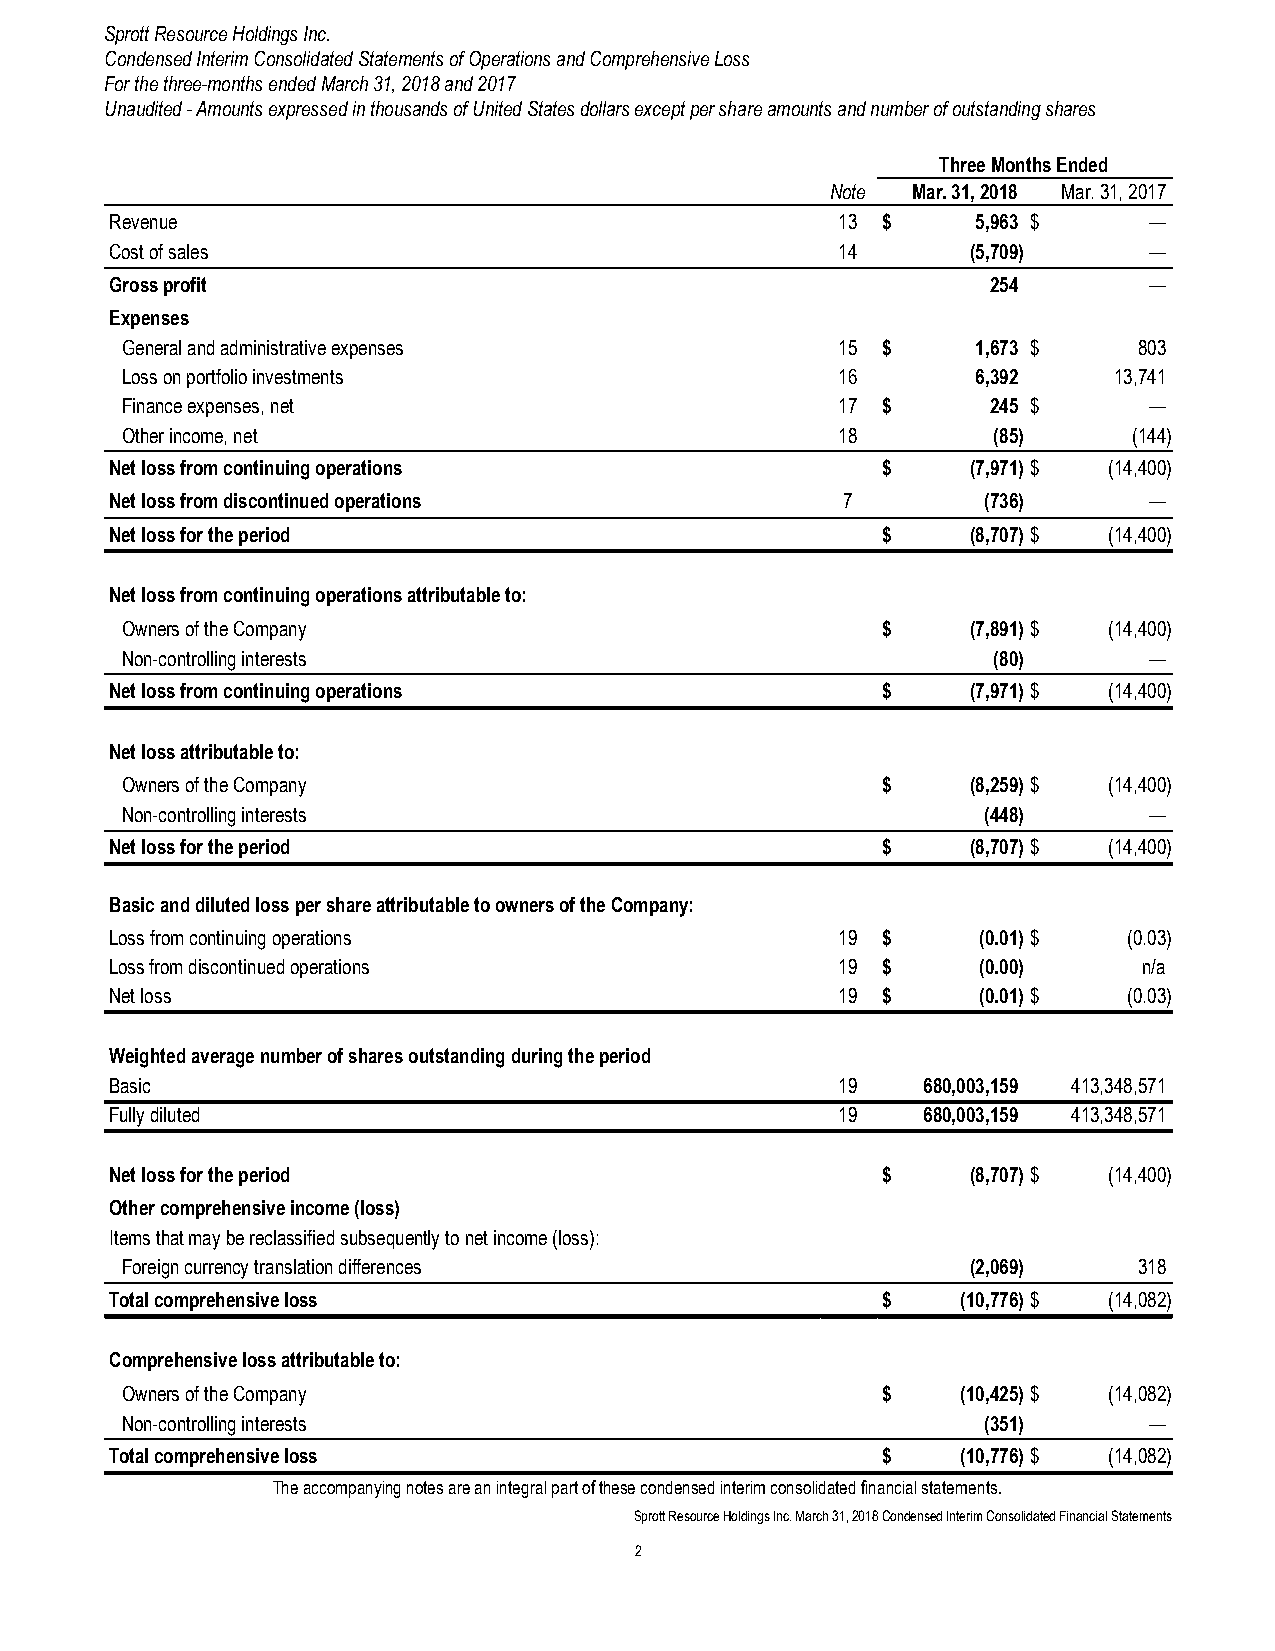
Sprott Resource Holdings Inc.
 Condensed Interim Consolidated Statements of Operations and Comprehensive Loss
 For the three-months ended March 31, 2018 and 2017
 Unaudited - Amounts expressed in thousands of United States dollars except per share amounts and number of outstanding shares
 Three Months Ended
 Note Mar. 31, 2018 Mar. 31, 2017
 Revenue                                          13 $     5,963 $    —
 Cost of sales                                    14      (5,709)     —
 Gross profit                                               254       —
 Expenses
 General and administrative expenses             15 $     1,673 $   803
 Loss on portfolio investments                   16       6,392    13,741
 Finance expenses, net                           17 $      245 $     —
 Other income, net                               18        (85)     (144)
 Net loss from continuing operations                $     (7,971) $ (14,400)
 Net loss from discontinued operations            7        (736)      —
 Net loss for the period                            $     (8,707) $ (14,400)
 Net loss from continuing operations attributable to:
 Owners of the Company                             $     (7,891) $ (14,400)
 Non-controlling interests                                 (80)      —
 Net loss from continuing operations                $     (7,971) $ (14,400)
 Net loss attributable to:
 Owners of the Company                             $     (8,259) $ (14,400)
 Non-controlling interests                                (448)      —
 Net loss for the period                            $     (8,707) $ (14,400)
 Basic and diluted loss per share attributable to owners of the Company:
 Loss from continuing operations                  19 $     (0.01) $  (0.03)
 Loss from discontinued operations                19 $     (0.00)     n/a
 Net loss                                         19 $     (0.01) $  (0.03)
 Weighted average number of shares outstanding during the period
 Basic                                            19   680,003,159 413,348,571
 Fully diluted                                    19   680,003,159 413,348,571
 Net loss for the period                            $     (8,707) $ (14,400)
 Other comprehensive income (loss)
 Items that may be reclassified subsequently to net income (loss):
 Foreign currency translation differences                (2,069)    318
 Total comprehensive loss                           $     (10,776) $ (14,082)
 Comprehensive loss attributable to:
 Owners of the Company                             $     (10,425) $ (14,082)
 Non-controlling interests                                (351)      —
 Total comprehensive loss                           $     (10,776) $ (14,082)
 The accompanying notes are an integral part of these condensed interim consolidated financial statements.
 Sprott Resource Holdings Inc. March 31, 2018 Condensed Interim Consolidated Financial Statements
 2